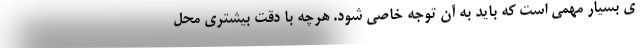
ی بسیار مهمی است که باید به آن توجه خاصی شود. هرچه با دقت بیشتری محل